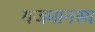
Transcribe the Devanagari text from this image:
यजमानस्य